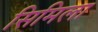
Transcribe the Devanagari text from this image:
सिमिला